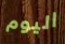
اليوم